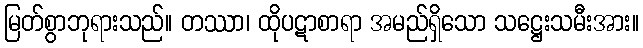
မြတ်စွာဘုရားသည်။ တဿာ၊ ထိုပဋာစာရာ အမည်ရှိသော သဋ္ဌေးသမီးအား။